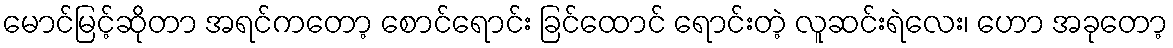
မောင်မြင့်ဆိုတာ အရင်ကတော့ စောင်ရောင်း ခြင်ထောင် ရောင်းတဲ့ လူဆင်းရဲလေး၊ ဟော အခုတော့